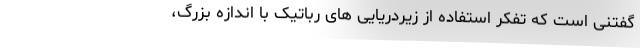
گفتنی است که تفکر استفاده از زیردریایی های رباتیک با اندازه بزرگ،